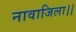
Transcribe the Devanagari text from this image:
नावाजिला।।